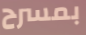
بمسرح